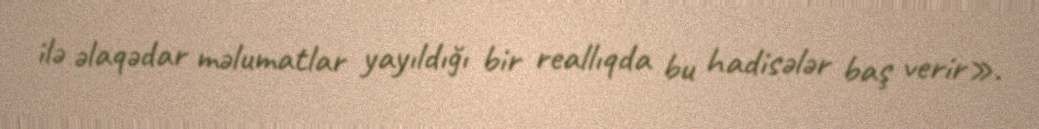
ilə əlaqədar məlumatlar yayıldığı bir reallıqda bu hadisələr baş verir».